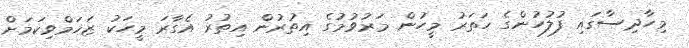
މިހާދިސާގައި ފުލުހުންގެ ހަތަރު މީހުން މަރުވުމުގެ އިތުރުން އިތުރު އެގާރަ މީހަކު ޒަޚަމްވިކަމަށް